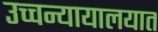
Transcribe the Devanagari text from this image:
उच्चन्यायालयात